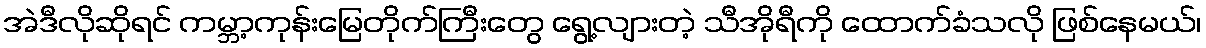
အဲဒီလိုဆိုရင် ကမ္ဘာ့ကုန်းမြေတိုက်ကြီးတွေ ရွေ့လျားတဲ့ သီအိုရီကို ထောက်ခံသလို ဖြစ်နေမယ်၊